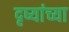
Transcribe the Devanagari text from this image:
दृष्यांच्या